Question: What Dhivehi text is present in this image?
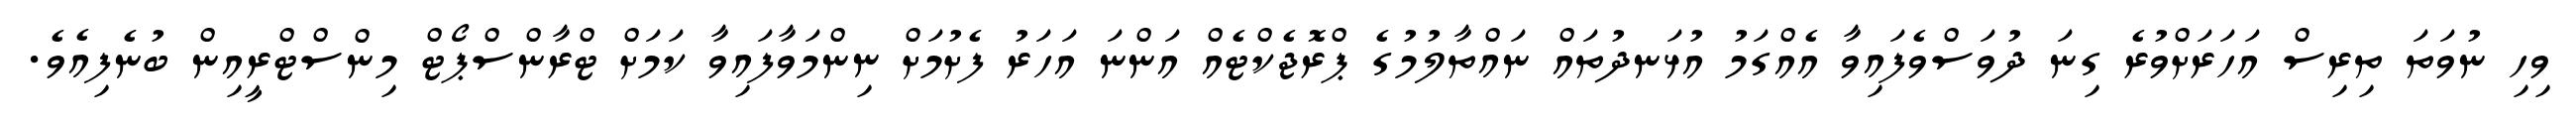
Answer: ވިހި ނުވަތަ ތިރިސް އަހަރަށްވުރެ ގިނަ ދުވަސްވެފައިވާ އެއްގަމު އުޅަނދުތައް ނައްތާލުމުގެ ޕްރޮޖެކްޓެއް އަންނަ އަހަރު ފެށުމަށް ނިންމަވާފައިވާ ކަމަށް ޓްރާންސްޕޯޓް މިންސްޓްރީއިން ބުނެފިއެވެ.